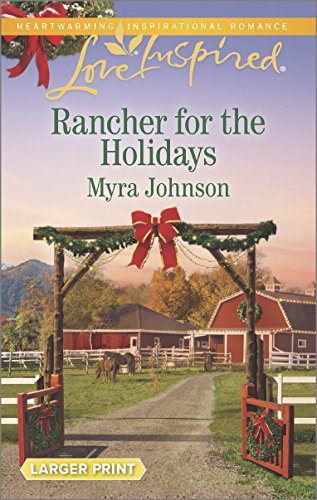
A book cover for Rancher for the Holidays (Love Inspired Large Print); Myra Johnson; Romance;